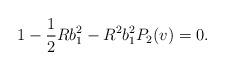
LaTeX: \begin{align*}1-\frac 12 Rb_1^2 - R^2b_1^2P_2(v) = 0.\end{align*}